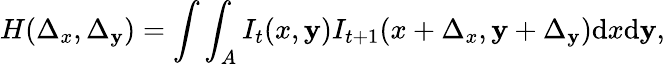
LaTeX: H(\Delta_{x},\Delta_{\mathbf{y}})=\int\int_{A}I_{t}(x,\mathbf{y})I_{t+1}(x+\Delta_{x},\mathbf{y}+\Delta_{\mathbf{y}})\mathrm{{d}}x\mathrm{{d}}\mathbf{y},